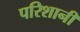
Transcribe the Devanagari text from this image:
परिशानी